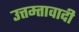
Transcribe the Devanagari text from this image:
उत्तम्तावादी